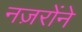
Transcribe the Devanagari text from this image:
नज़रोंने